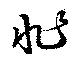
非